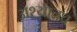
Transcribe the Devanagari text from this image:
अश्यातच